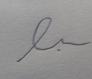
Signature authenticity: forged